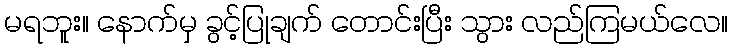
မရဘူး။ နောက်မှ ခွင့်ပြုချက် တောင်းပြီး သွား လည်ကြမယ်လေ။